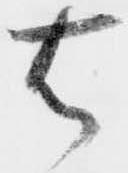
右